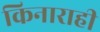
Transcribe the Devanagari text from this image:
किनाराही